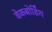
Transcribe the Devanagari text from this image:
वेकबोर्डिंग